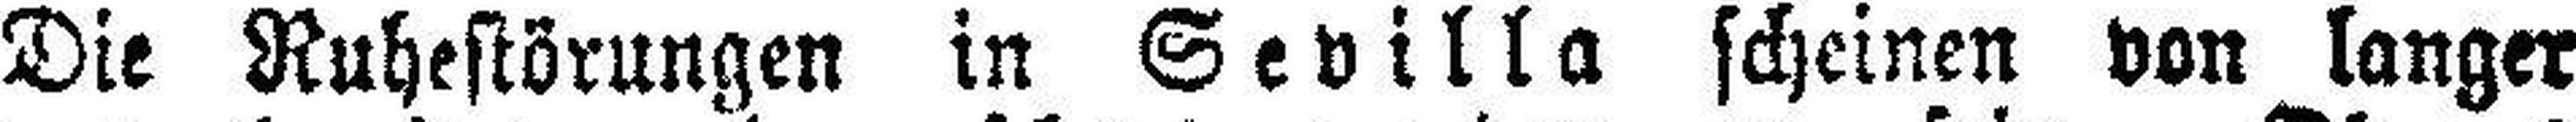
Die Ruhestörungen in Sevilla scheinen von langer